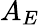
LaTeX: A_{E}